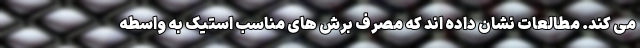
می کند. مطالعات نشان داده اند که مصرف برش های مناسب استیک به واسطه